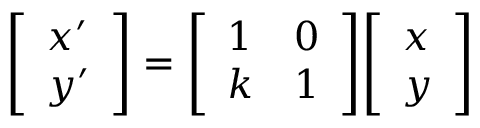
{ \left[ \begin{array} { l } { x ^ { \prime } } \\ { y ^ { \prime } } \end{array} \right] } = { \left[ \begin{array} { l l } { 1 } & { 0 } \\ { k } & { 1 } \end{array} \right] } { \left[ \begin{array} { l } { x } \\ { y } \end{array} \right] }